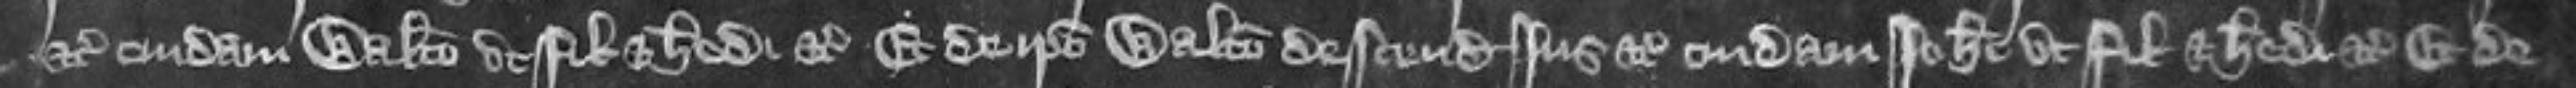
etc cuidam Walterio ut filio et heredi etc Et de ipso Walterio descendit jus etc cuidam Johanni ut filio et heredi etc Et de